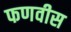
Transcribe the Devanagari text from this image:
फणवीस